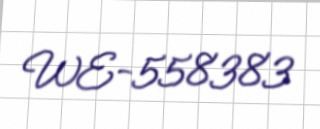
WE-558383